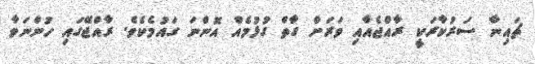
ޗައިނާ ސަރުކާރަކީ ރާއްޖެއާއި ވަރަށް ގާތް ގުޅުމެއް އޮންނަ ގައުމެކެވެ. ރާއްޖޭގައި ހުންނަވާ